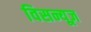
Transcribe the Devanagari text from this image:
विसन्यूज़